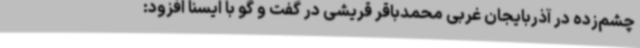
چشم‌زده در آذربایجان غربی محمدباقر قریشی در گفت و گو با ایسنا افزود: